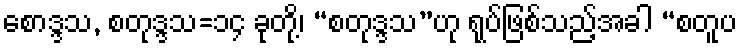
စောဒ္ဒသ, စတုဒ္ဒသ=၁၄ ခုတို့၊ “စတုဒ္ဒသ”ဟု ရုပ်ဖြစ်သည့်အခါ “စတူပ